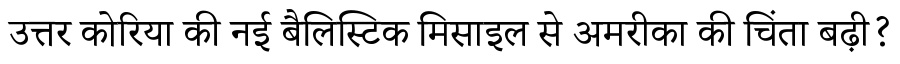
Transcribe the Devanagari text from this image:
उत्तर कोरिया की नई बैलिस्टिक मिसाइल से अमरीका की चिंता बढ़ी?